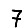
Digit: 7